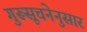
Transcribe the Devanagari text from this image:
गुरूसूचनेनुसार